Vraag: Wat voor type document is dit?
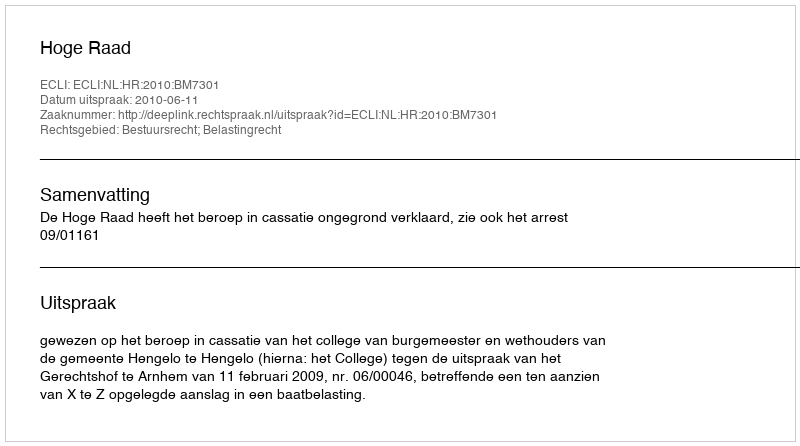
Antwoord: Uitspraak